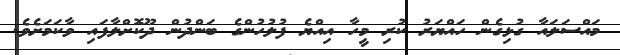
މައްސަލައާ ގުޅިގެން ހައްޔަރު ކުރި މީހާ އިއްޔެ ފުލުހުންގެ ބަންދުން ދޫކޮށްލާފައި ވާކަމަށެވެ.